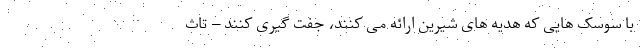
با سوسک هایی که هدیه های شیرین ارائه می کنند، جفت گیری کنند – تاث